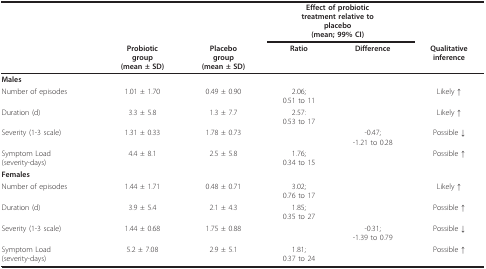
<table><thead><tr><td></td><td></td><td></td><td colspan="2"><b>Effect of probiotictreatment relative toplacebo(mean; 99% CI)</b></td><td></td></tr><tr><td></td><td><b>Probioticgroup(mean ± SD)</b></td><td><b>Placebogroup(mean ± SD)</b></td><td><b>Ratio</b></td><td><b>Difference</b></td><td><b>Qualitativeinference</b></td></tr></thead><tbody><tr><td colspan="6"><b>Males</b></td></tr><tr><td>Number of episodes</td><td>1.01 ± 1.70</td><td>0.49 ± 0.90</td><td>2.06;0.51 to 11</td><td></td><td>Likely ↑</td></tr><tr><td>Duration (d)</td><td>3.3 ± 5.8</td><td>1.3 ± 7.7</td><td>2.57:0.53 to 17</td><td></td><td>Likely ↑</td></tr><tr><td>Severity (1-3 scale)</td><td>1.31 ± 0.33</td><td>1.78 ± 0.73</td><td></td><td>-0.47;-1.21 to 0.28</td><td>Possible ↓</td></tr><tr><td>Symptom Load(severity-days)</td><td>4.4 ± 8.1</td><td>2.5 ± 5.8</td><td>1.76;0.34 to 15</td><td></td><td>Possible ↑</td></tr><tr><td colspan="6"><b>Females</b></td></tr><tr><td>Number of episodes</td><td>1.44 ± 1.71</td><td>0.48 ± 0.71</td><td>3.02;0.76 to 17</td><td></td><td>Likely ↑</td></tr><tr><td>Duration (d)</td><td>3.9 ± 5.4</td><td>2.1 ± 4.3</td><td>1.85;0.35 to 27</td><td></td><td>Possible ↑</td></tr><tr><td>Severity (1-3 scale)</td><td>1.44 ± 0.68</td><td>1.75 ± 0.88</td><td></td><td>-0.31;-1.39 to 0.79</td><td>Possible ↓</td></tr><tr><td>Symptom Load(severity-days)</td><td>5.2 ± 7.08</td><td>2.9 ± 5.1</td><td>1.81;0.37 to 24</td><td></td><td>Possible ↑</td></tr></tbody></table>